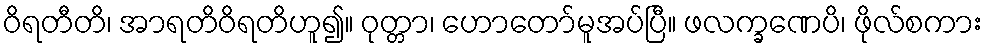
ဝိရတီတိ၊ အာရတိဝိရတိဟူ၍။ ဝုတ္တာ၊ ဟောတော်မူအပ်ပြီ။ ဖလက္ခဏေပိ၊ ဖိုလ်စကား